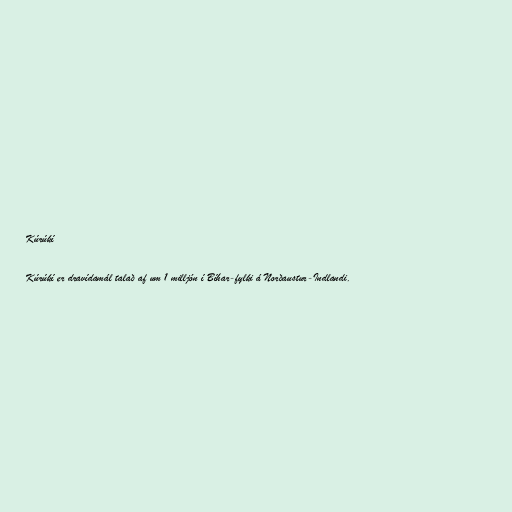
Kúrúkí

Kúrúkí er dravídamál talað af um 1 milljón í Bíhar-fylki á Norðaustur-Indlandi.